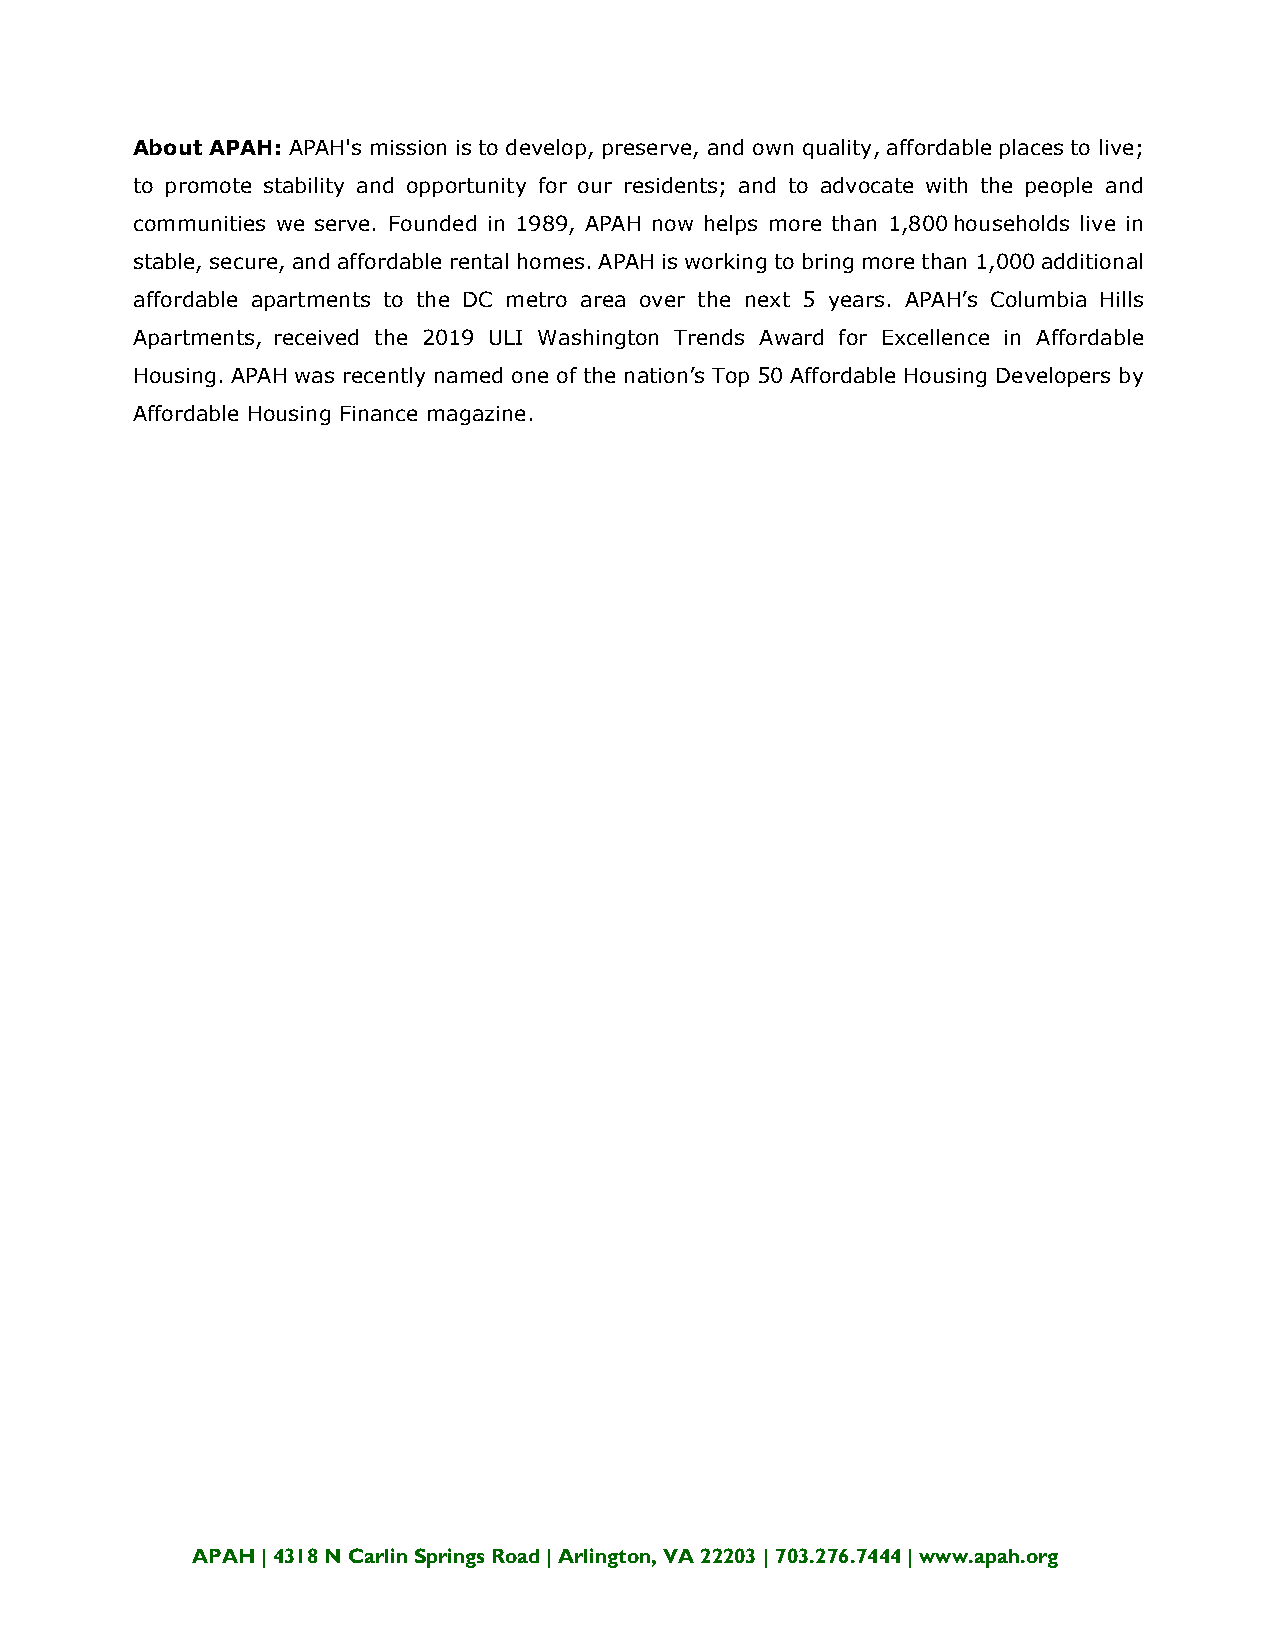
About APAH: APAH's mission is to develop, preserve, and own quality, affordable places to live;
 to promote stability and opportunity for our residents; and to advocate with the people and
 communities we serve. Founded in 1989, APAH now helps more than 1,800 households live in
 stable, secure, and affordable rental homes. APAH is working to bring more than 1,000 additional
 affordable apartments to the DC metro area over the next 5 years. APAH’s Columbia Hills
 Apartments, received the 2019 ULI Washington Trends Award for Excellence in Affordable
 Housing. APAH was recently named one of the nation’s Top 50 Affordable Housing Developers by
 Affordable Housing Finance magazine.
 APAH | 4318 N Carlin Springs Road | Arlington, VA 22203 | 703.276.7444 | www.apah.org